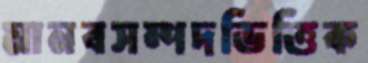
মানবসম্পদভিত্তিক